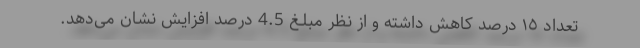
تعداد ١٥ درصد کاهش داشته و از نظر مبلـغ 4.5 درصد افزایش نشان می‌دهد.